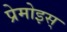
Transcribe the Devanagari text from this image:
प्रेमोइस्